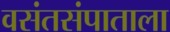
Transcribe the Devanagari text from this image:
वसंतसंपाताला